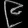
Digit: ၉